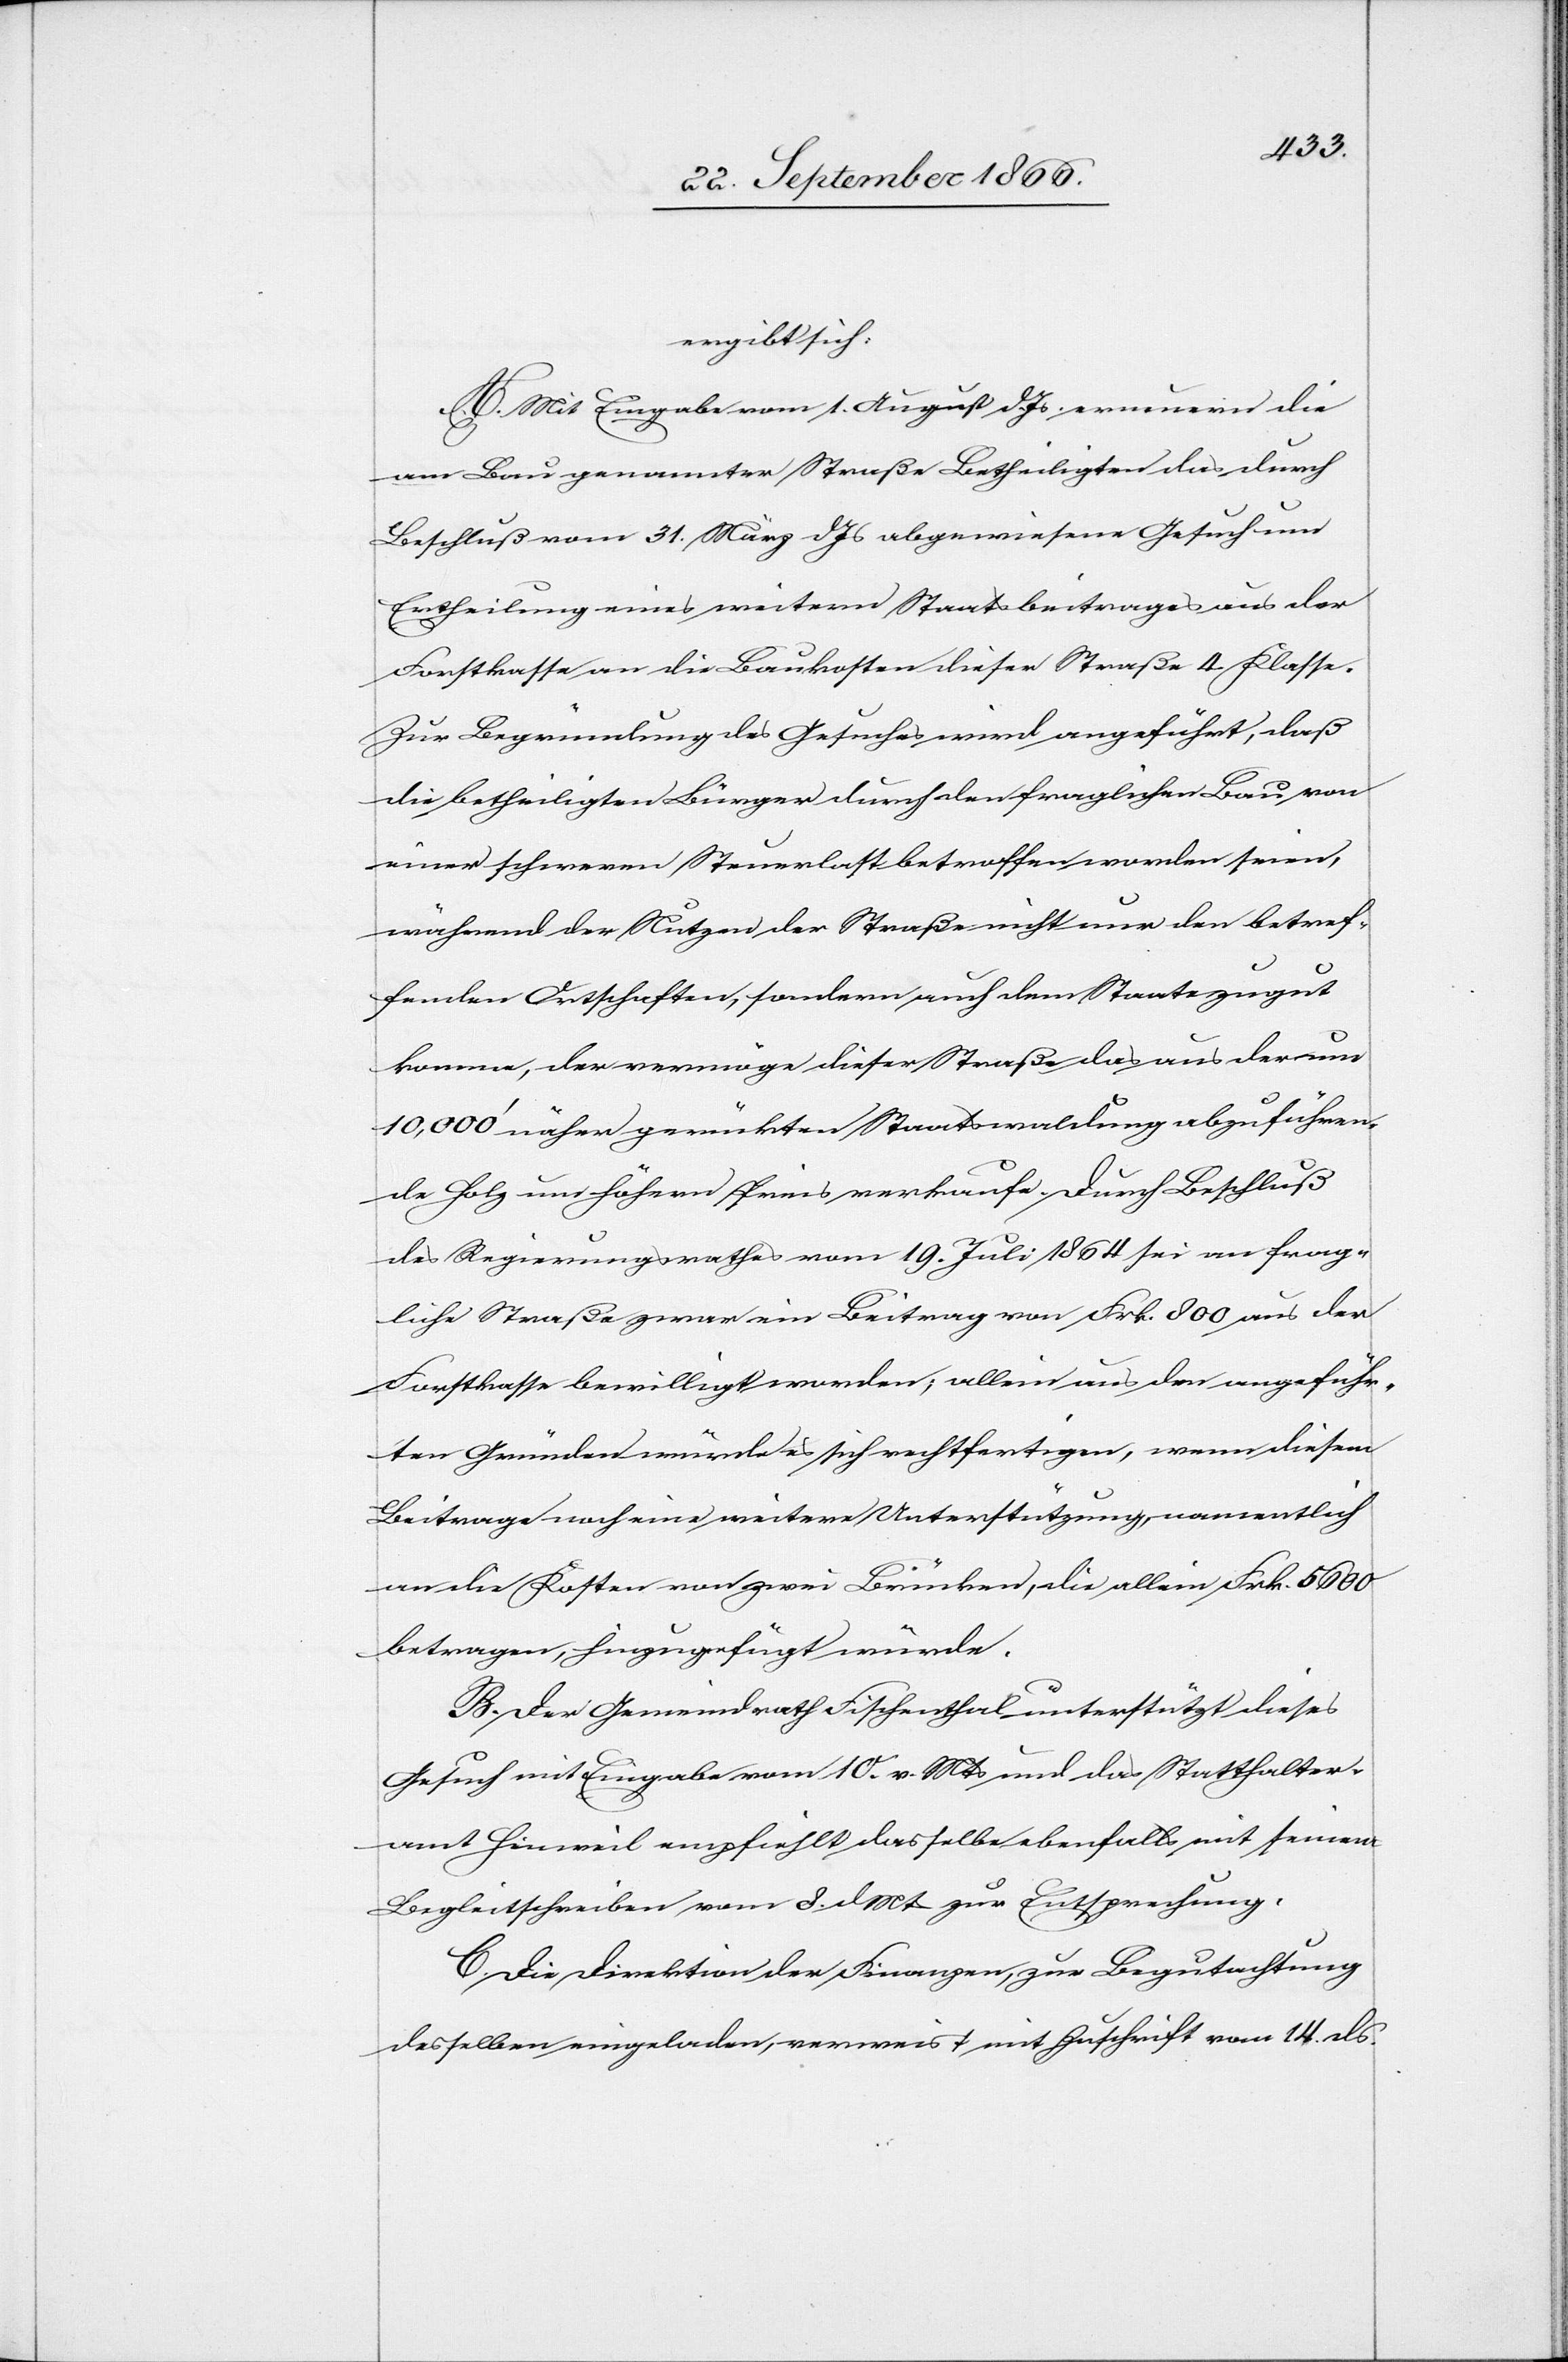
ergibt sich:
A. Mit Eingabe vom 1. August dJs. erneuern die
am Bau genannter Straße Betheiligten das durch
Beschluß vom 31. März dJs abgewiesene Gesuch um
Ertheilung eines weitern Staatsbeitrages aus der
Forstkasse an die Baukosten dieser Straße 4. Klasse.
Zur Begründung des Gesuches wird angeführt, daß
die betheiligten Bürger durch den fraglichen Bau von
einer schweren Steuerlast betroffen worden seien,
während der Nutzen der Straße nicht nur den betref¬
fenden Ortschaften, sondern auch dem Staate zu gut
komme, der vermöge dieser Straße das aus der nun
10 000‘ näher gerückten Staatswaldung abzuführen¬
de Holz um höhern Preis verkaufe. Durch Beschluß
des Regierungsrathes vom 19. Juli 1864 sei an frag¬
liche Straße zwar ein Beitrag von Frk. 800 aus der
Forstkasse bewilligt worden, allein aus den angeführ¬
ten Gründen würde es sich rechtfertigen, wenn diesem
Beitrage noch eine weitere Unterstützung namentlich
an die Kosten von zwei Brücken, die allein Frk. 5600
betragen, hinzugefügt würde.
B. Der Gemeindrath Fischenthal unterstützt dieses
Gesuch mit Eingabe vom 10. v. Mts. und das Statthalter¬
amt Hinweil empfiehlt dasselbe ebenfalls mit seinem
Begleitschreiben vom 8. dMts zur Entsprechung.
C. Die Direktion der Finanzen, zur Begutachtung
desselben eingeladen, verweist mit Zuschrift vom 14. ds.